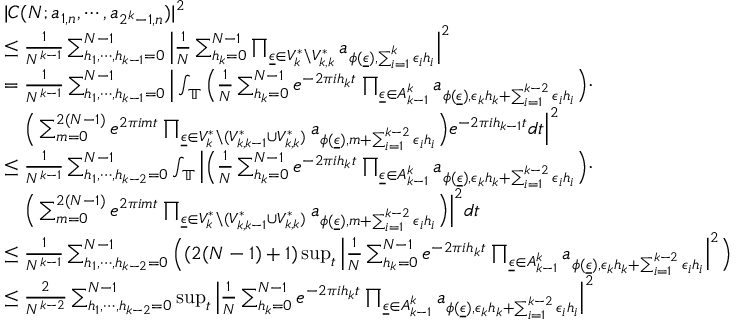
\begin{array} { r l } & { | C ( N ; a _ { 1 , n } , \cdots , a _ { 2 ^ { k } - 1 , n } ) | ^ { 2 } } \\ & { \le \frac { 1 } { N ^ { k - 1 } } \sum _ { h _ { 1 } , \cdots , h _ { k - 1 } = 0 } ^ { N - 1 } \Big | \frac { 1 } { N } \sum _ { h _ { k } = 0 } ^ { N - 1 } \prod _ { \underline { { \epsilon } } \in V _ { k } ^ { * } \backslash V _ { k , k } ^ { * } } a _ { \phi ( \underline { { \epsilon } } ) , \sum _ { i = 1 } ^ { k } \epsilon _ { i } h _ { i } } \Big | ^ { 2 } } \\ & { = \frac { 1 } { N ^ { k - 1 } } \sum _ { h _ { 1 } , \cdots , h _ { k - 1 } = 0 } ^ { N - 1 } \Big | \int _ { \mathbb { T } } \Big ( \frac { 1 } { N } \sum _ { h _ { k } = 0 } ^ { N - 1 } e ^ { - 2 \pi i h _ { k } t } \prod _ { \underline { { \epsilon } } \in A _ { k - 1 } ^ { k } } a _ { \phi ( \underline { { \epsilon } } ) , \epsilon _ { k } h _ { k } + \sum _ { i = 1 } ^ { k - 2 } \epsilon _ { i } h _ { i } } \Big ) \cdot } \\ & { \ \ \ \Big ( \sum _ { m = 0 } ^ { 2 ( N - 1 ) } e ^ { 2 \pi i m t } \prod _ { \underline { { \epsilon } } \in V _ { k } ^ { * } \backslash ( V _ { k , k - 1 } ^ { * } \cup V _ { k , k } ^ { * } ) } a _ { \phi ( \underline { { \epsilon } } ) , m + \sum _ { i = 1 } ^ { k - 2 } \epsilon _ { i } h _ { i } } \Big ) e ^ { - 2 \pi i h _ { k - 1 } t } d t \Big | ^ { 2 } } \\ & { \le \frac { 1 } { N ^ { k - 1 } } \sum _ { h _ { 1 } , \cdots , h _ { k - 2 } = 0 } ^ { N - 1 } \int _ { \mathbb { T } } \Big | \Big ( \frac { 1 } { N } \sum _ { h _ { k } = 0 } ^ { N - 1 } e ^ { - 2 \pi i h _ { k } t } \prod _ { \underline { { \epsilon } } \in A _ { k - 1 } ^ { k } } a _ { \phi ( \underline { { \epsilon } } ) , \epsilon _ { k } h _ { k } + \sum _ { i = 1 } ^ { k - 2 } \epsilon _ { i } h _ { i } } \Big ) \cdot } \\ & { \ \ \ \Big ( \sum _ { m = 0 } ^ { 2 ( N - 1 ) } e ^ { 2 \pi i m t } \prod _ { \underline { { \epsilon } } \in V _ { k } ^ { * } \backslash ( V _ { k , k - 1 } ^ { * } \cup V _ { k , k } ^ { * } ) } a _ { \phi ( \underline { { \epsilon } } ) , m + \sum _ { i = 1 } ^ { k - 2 } \epsilon _ { i } h _ { i } } \Big ) \Big | ^ { 2 } d t } \\ & { \le \frac { 1 } { N ^ { k - 1 } } \sum _ { h _ { 1 } , \cdots , h _ { k - 2 } = 0 } ^ { N - 1 } \Big ( ( 2 ( N - 1 ) + 1 ) \operatorname* { s u p } _ { t } \Big | \frac { 1 } { N } \sum _ { h _ { k } = 0 } ^ { N - 1 } e ^ { - 2 \pi i h _ { k } t } \prod _ { \underline { { \epsilon } } \in A _ { k - 1 } ^ { k } } a _ { \phi ( \underline { { \epsilon } } ) , \epsilon _ { k } h _ { k } + \sum _ { i = 1 } ^ { k - 2 } \epsilon _ { i } h _ { i } } \Big | ^ { 2 } \Big ) } \\ & { \le \frac { 2 } { N ^ { k - 2 } } \sum _ { h _ { 1 } , \cdots , h _ { k - 2 } = 0 } ^ { N - 1 } \operatorname* { s u p } _ { t } \Big | \frac { 1 } { N } \sum _ { h _ { k } = 0 } ^ { N - 1 } e ^ { - 2 \pi i h _ { k } t } \prod _ { \underline { { \epsilon } } \in A _ { k - 1 } ^ { k } } a _ { \phi ( \underline { { \epsilon } } ) , \epsilon _ { k } h _ { k } + \sum _ { i = 1 } ^ { k - 2 } \epsilon _ { i } h _ { i } } \Big | ^ { 2 } } \end{array}